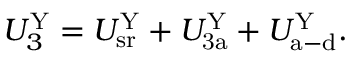
U _ { 3 } ^ { \mathrm { Y } } = U _ { \mathrm { s r } } ^ { \mathrm { Y } } + U _ { \mathrm { 3 a } } ^ { \mathrm { Y } } + U _ { \mathrm { a - d } } ^ { \mathrm { Y } } .